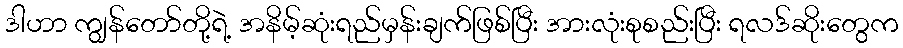
ဒါဟာ ကျွန်တော်တို့ရဲ့ အနိမ့်ဆုံးရည်မှန်းချက်ဖြစ်ပြီး အားလုံးစုစည်းပြီး ရလဒ်ဆိုးတွေက